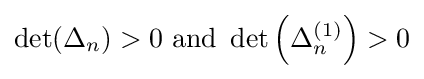
\det(\Delta _{n})>0\ \mathrm {and} \ \det \left(\Delta _{n}^{(1)}\right)>0